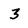
Character: 3